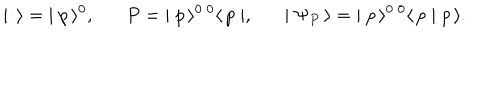
\mid { \bf \cdot } \, \rangle = \; \mid p \, \rangle ^ { 0 } , P = \; \mid p \, \rangle ^ { 0 \; 0 } \langle \, p \mid , \mid \Psi _ { P } \, \rangle = \; \mid p \, \rangle ^ { 0 \; 0 } \langle \, p \mid p \, \rangle .